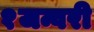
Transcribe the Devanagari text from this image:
१जन्वरी